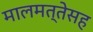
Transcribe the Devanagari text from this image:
मालमत्तेसह